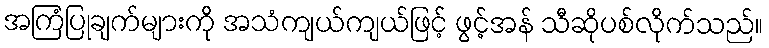
အကြံပြုချက်များကို အသံကျယ်ကျယ်ဖြင့် ဖွင့်အန် သီဆိုပစ်လိုက်သည်။